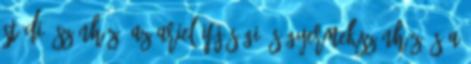
Stúdió Színház, az Ariel Ifjúsági és Gyermekszínház és a